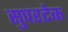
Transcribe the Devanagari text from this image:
सुपरटेक